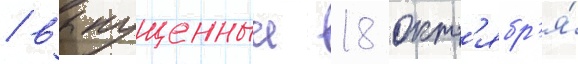
/ выпущенныи 18 окт'ябр'я́